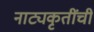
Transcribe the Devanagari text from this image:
नाट्यकृतींची